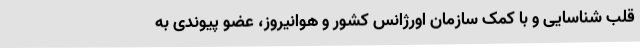
قلب شناسایی و با کمک سازمان اورژانس کشور و هوانیروز، عضو پیوندی به